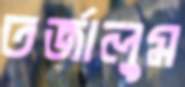
তর্জালুম